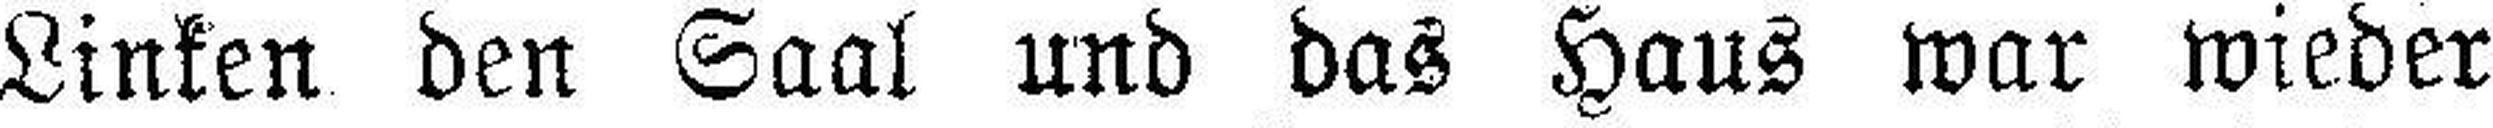
Linken den Saal und das Haus war wieder